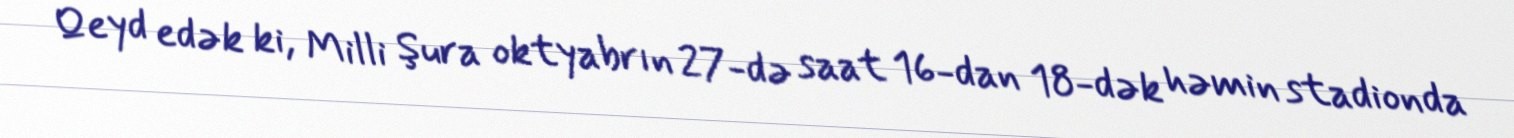
Qeyd edək ki, Milli Şura oktyabrın 27-də saat 16-dan 18-dək həmin stadionda